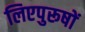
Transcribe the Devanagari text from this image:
लिएपुरूषों